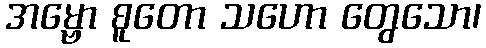
အမ္ဗော စူတော သဟော တွေသော၊